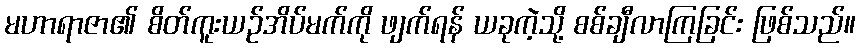
မဟာရာဇာ၏ စိတ်ကူးယဉ်အိပ်မက်ကို ဖျက်ရန် ယခုကဲ့သို့ စစ်ချီလာကြခြင်း ဖြစ်သည်။